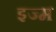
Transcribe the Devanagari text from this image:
इज्म